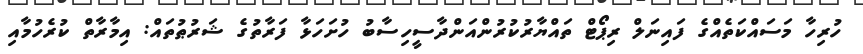
ހުރިހާ މަސައްކަތެއްގެ ފައިނަލް ރިޕޯޓް ތައްޔާރުކުރުންއަންދާސީހިސާބު ހުށަހަޅާ ފަރާތުގެ ޝަރުޠުތައް: އިމާރާތް ކުރެހުމާއި